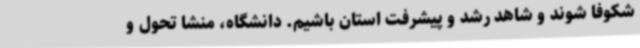
شکوفا شوند و شاهد رشد و پیشرفت استان باشیم. دانشگاه،‌ منشا تحول و